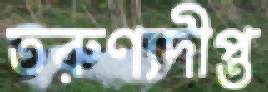
তরুণ্যদীপ্ত